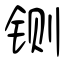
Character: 铡